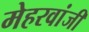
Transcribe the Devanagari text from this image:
मेहरवांजी